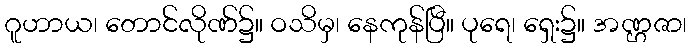
ဂူဟာယ၊ တောင်လိုဏ်၌။ ဝသိမှ၊ နေကုန်ပြီ။ ပုရေ၊ ရှေး၌။ အဏ္ဌဇာ၊